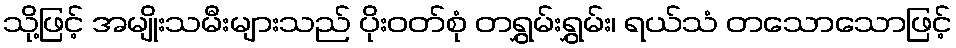
သို့ဖြင့် အမျိုးသမီးများသည် ပိုးဝတ်စုံ တရွှမ်းရွှမ်း၊ ရယ်သံ တသောသောဖြင့်